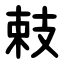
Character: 㩽